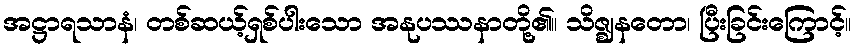
အဋ္ဌာရသာနံ၊ တစ်ဆယ့်ရှစ်ပါးသော အနုပဿနာတို့၏။ သိဇ္ဈနတော၊ ပြီးခြင်းကြောင့်။